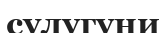
сулугуни